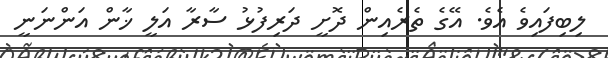
ލިބިފައިވެ އެވެ. އޭގެ ތެރެއިން ދޮށީ ދަރިފުޅު ސާރާ އަލީ ޚާން އަންނަނީ